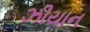
ઝીયાન